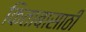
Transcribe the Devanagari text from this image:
किताबासाठी